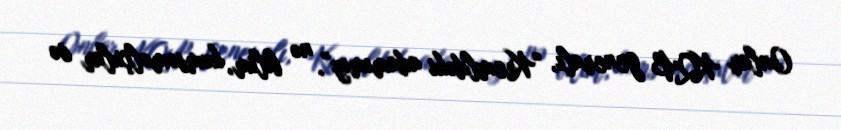
Onlar KQB generalı, “Kremldəki adamımız”, nə bilim, komsomolçular və